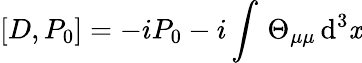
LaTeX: \left[D,P_{0}\right]=-iP_{0}-i\int\, \Theta_{\mu\mu}\, \mathrm{d}^{3}\mathit{x}